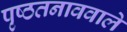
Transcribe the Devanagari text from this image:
पृष्ठतनाववाले